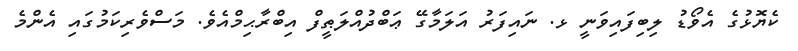
ކެޔޮޅުގެ އެވޯޑު ލިބިފައިވަނީ ޅ. ނައިފަރު އަލަމާގޭ ޢަބްދުއްލަޠީފް އިބްރާޙިމްއެވެ. މަސްވެރިކަމުގައި އެންމެ